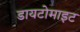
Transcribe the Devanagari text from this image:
डायटोमाइट